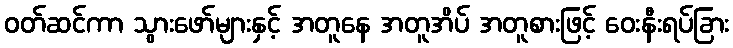
ဝတ်ဆင်ကာ သွားဖော်များနှင့် အတူနေ အတူအိပ် အတူစားဖြင့် ဝေးနီးရပ်ခြား